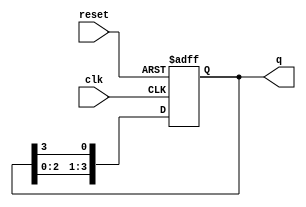
module ring_counter (
    input wire clk,       // Clock signal
    input wire reset,     // Reset signal
    output reg [3:0] q    // 4-bit output
);

// Initial state
initial begin
    q = 4'b1000; // Start with the state 1000
end

// Always block for the ring counter behavior
always @(posedge clk or posedge reset) begin
    if (reset) begin
        q <= 4'b1000; // Reset to initial state
    end else begin
        // Shift the bits circularly
        q <= {q[2:0], q[3]}; // Shift left and wrap around
    end
end

endmodule